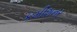
કમીશનર